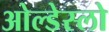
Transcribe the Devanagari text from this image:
ओल्डेस्लो